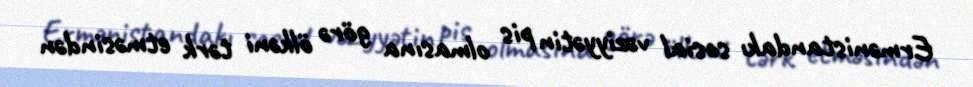
Ermənistandakı sosial vəziyyətin pis olmasına görə ölkəni tərk etməsindən